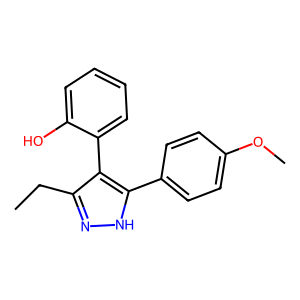
SMILES: CCc1n[nH]c(-c2ccc(OC)cc2)c1-c1ccccc1O
Inhibits HIV replication: No